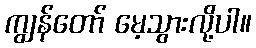
ကျွန်တော် မေ့သွားလို့ပါ။